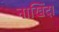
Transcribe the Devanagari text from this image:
नाखिंदा